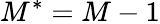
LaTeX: M^{*}=M-1